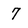
Character: 7